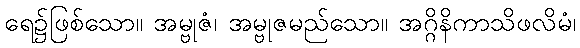
ရေ၌ဖြစ်သော။ အမ္ဗုဇံ၊ အမ္ဗုဇမည်သော။ အဂ္ဂိနိကာသိဖလိမံ၊